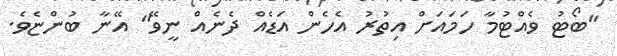
"ބޯޓު ވެއްޓުމާ ހަމައަށް އިތުރު އެހެން އަޑެއް ދެނެއް ނީވޭ" އޭނާ ބުންޏެވެ.